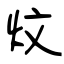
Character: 炆